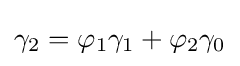
\gamma _{2}=\varphi _{1}\gamma _{1}+\varphi _{2}\gamma _{0}